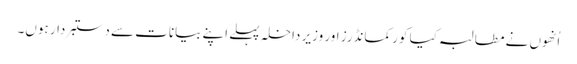
اُنھوں نے مطالبہ کیا کور کمانڈرز اور وزیر داخلہ پہلے اپنے بیانات سے دستبردار ہوں۔